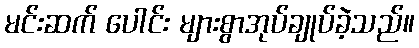
မင်းဆက် ပေါင်း များစွာအုပ်ချုပ်ခဲ့သည်။